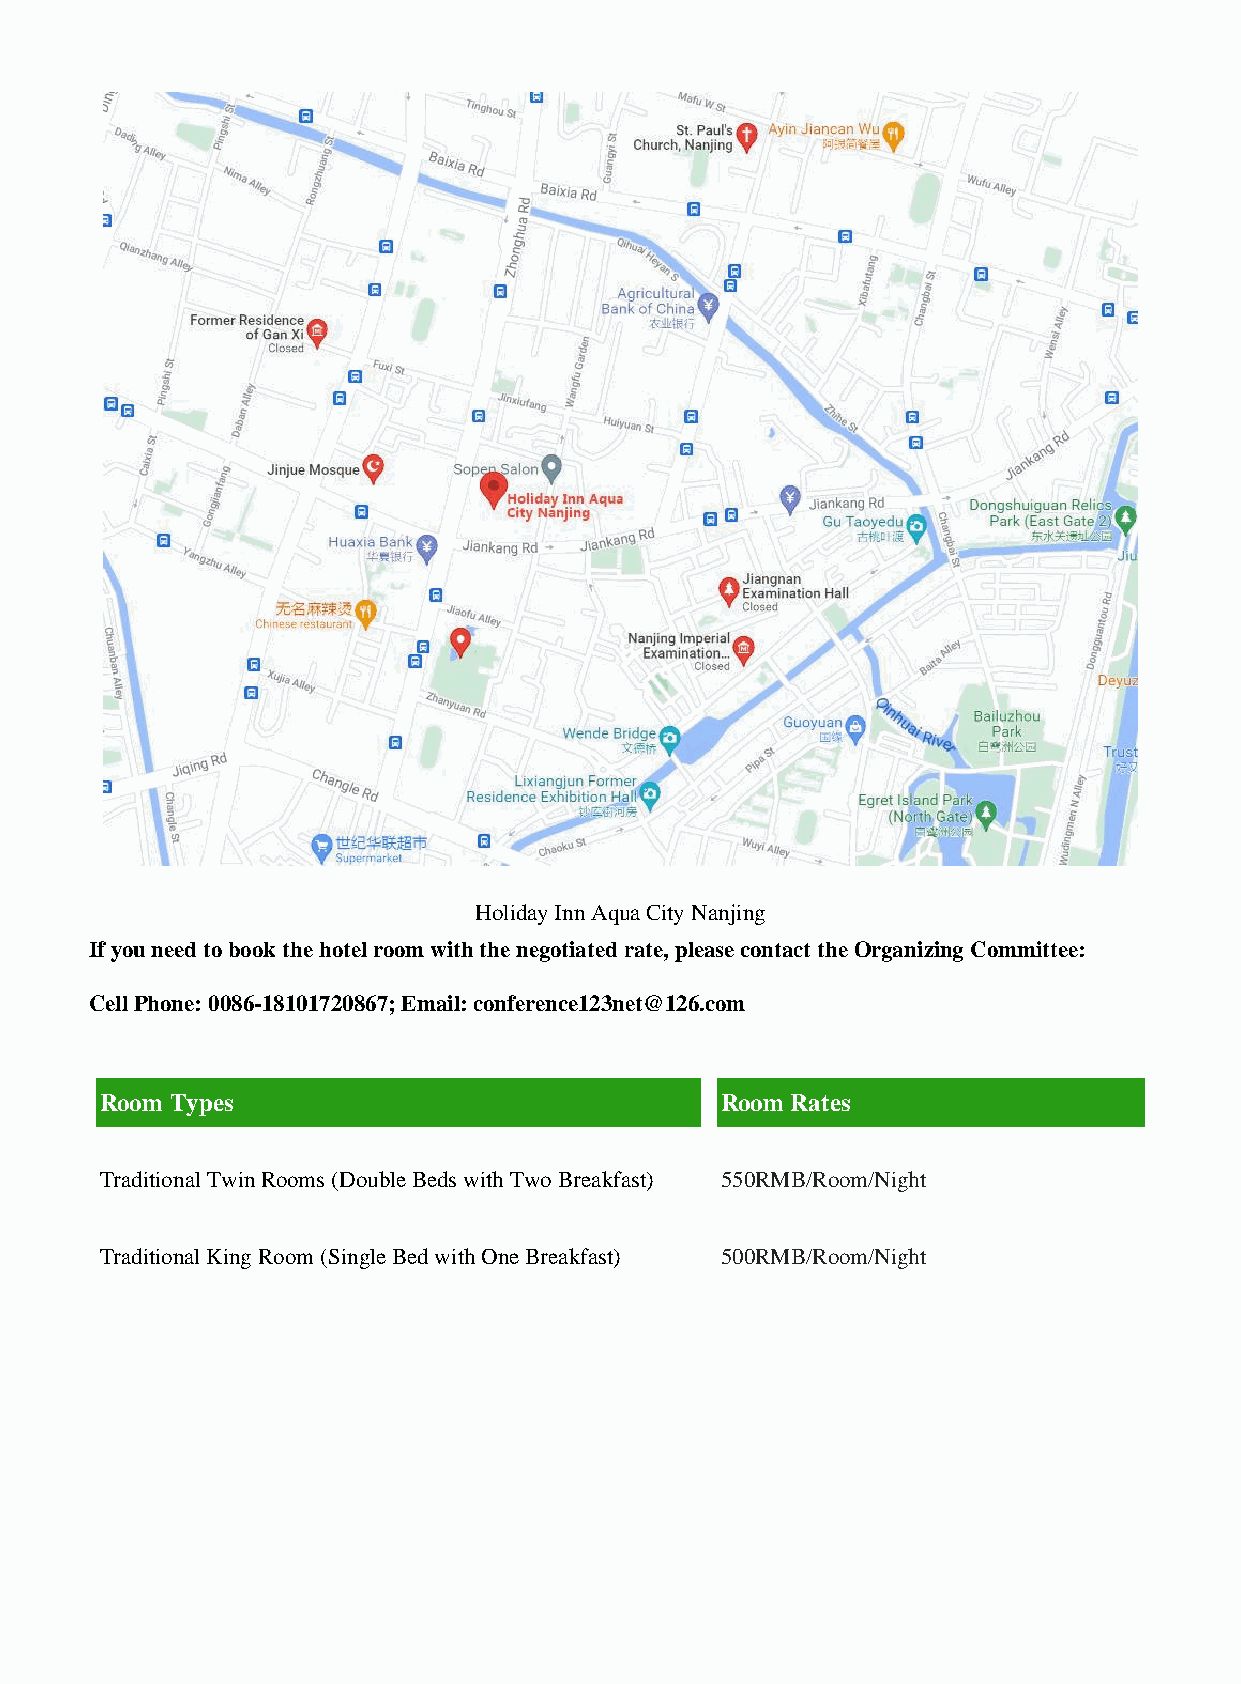
Holiday Inn Aqua City Nanjing
 If you need to book the hotel room with the negotiated rate, please contact the Organizing Committee:
 Cell Phone: 0086-18101720867; Email: conference123net@126.com
 Room Types                               Room Rates
 Traditional Twin Rooms (Double Beds with Two Breakfast) 550RMB/Room/Night
 Traditional King Room (Single Bed with One Breakfast) 500RMB/Room/Night